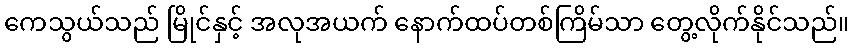
ကေသွယ်သည် မြိုင်နှင့် အလုအယက် နောက်ထပ်တစ်ကြိမ်သာ တွေ့လိုက်နိုင်သည်။